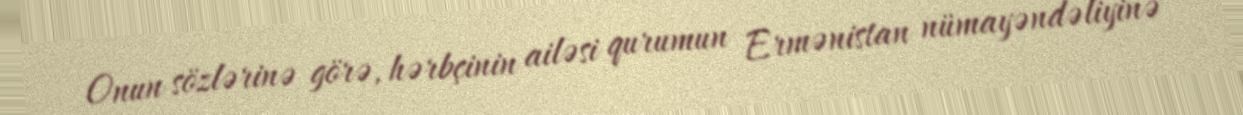
Onun sözlərinə görə, hərbçinin ailəsi qurumun Ermənistan nümayəndəliyinə